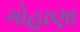
ગોહાણા